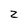
Character: z